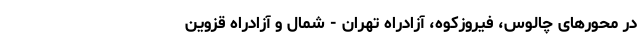
در محور‌های چالوس، فیروزکوه، آزادراه تهران - شمال و آزادراه قزوین